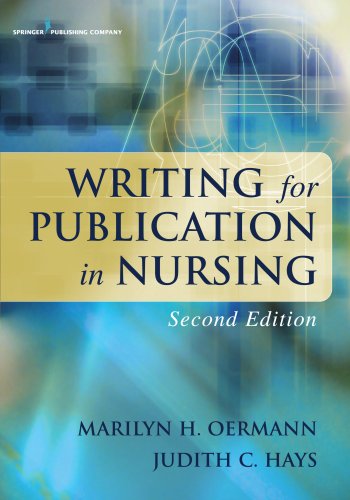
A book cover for Writing for Publication in Nursing, Second Edition (Oermann, Writing for Publication in Nursing); Dr. Marilyn Oermann PhD  RN  FAAN  ANEF; Medical Books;